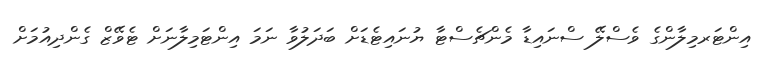
އިންޓަރމިލާންގެ ވެސްލޭ ސްނައިޑާ މެންޗެސްޓާ ޔުނައިޓެޑަށް ބަދަލުވާ ނަމަ އިންޓަމިލާނަށް ޓެވޭޒް ގެންދިއުމަށް